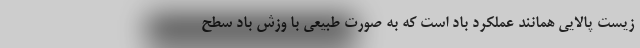
زیست پالایی همانند عملکرد باد است که به صورت طبیعی با وزش باد سطح